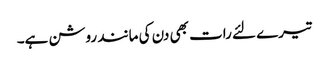
تیرے لئے رات بھی دن کی مانند روشن ہے۔